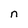
Character: n